Vaccination in Bombay 1902-1912 - 1902-1912
Year: 1902
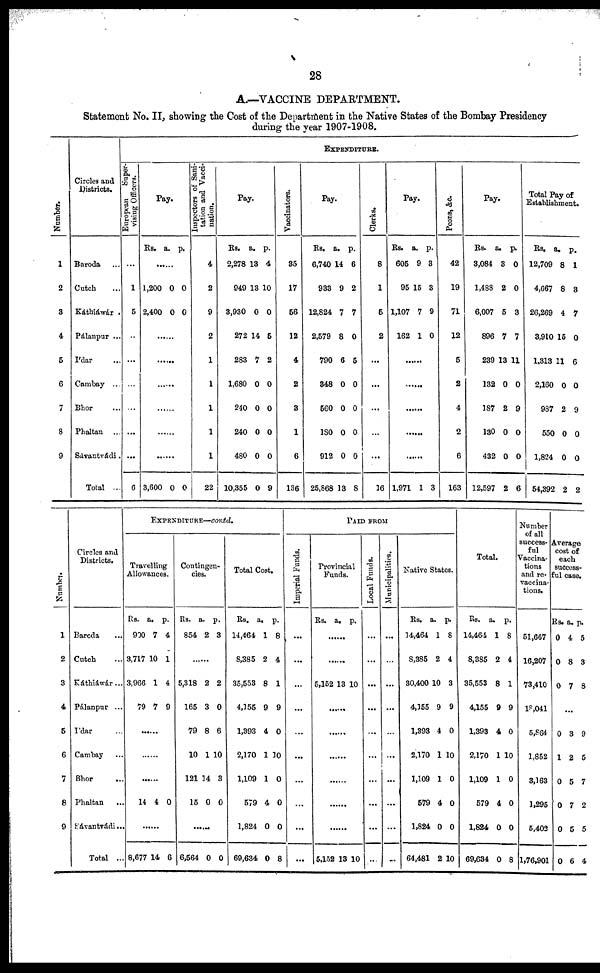
28
A.—VACCINE DEPARTMENT.
Statement No. II, showing the Cost of the Department in the Native States of the Bombay Presidency
during the year 1907-1908.
Number.
1
2
3
4
5
6
7
8
9
Circles and
Districts.
Baroda ...
Cutch ...
Káthiáwár .
Pálanpur ...
I'dar ...
Cambay ...
Bhor ...
Phaltan ...
Sávantvádi.
Total ...
EXPENDITURE.
European
Super-
vising Officers.
...
1
5
...
...
...
...
...
...
6
Pay.
Rs. a. p.
...
1,200
2,400
0
0
0
0
......
......
......
......
......
......
3,600 0 0
Inspectors of Sani-
tation and Vacci-
nation.
4
2
9
2
......
......
......
......
......
22
Pay.
Rs.
2,278
949
3,930
272
283
1,680
240
240
480
10,355
a.
13
13
0
14
7
0
0
0
0
0
p.
4
10
0
5
2
0
0
0
0
9
Vaccinators.
35
17
56
12
4
2
3
1
6
136
Pay.
Rs.
6,740
933
12,824
2,579
790
348
560
180
912
25,868
a.
14
9
7
8
6
0
0
0
0
13
p.
6
2
7
0
5
0
0
0
0
8
Clerks.
8
1
5
2
...
...
...
...
...
16
Pay.
Rs.
605
95
1,107
162
a.
9
15
7
1
p.
3
3
9
0
......
......
......
......
......
1,971 1 3
Peons, &c.
42
19
71
12
5
2
4
2
6
163
Pay.
Rs.
3,084
1,488
6,007
896
239
132
187
130
432
12,597
a.
3
2
5
7
13
0
2
0
0
2
p.
0
0
3
7
11
0
9
0
0
6
Total Pay of
Establishment.
Rs.
12,709
4,667
26,269
3,910
1,313
2,160
987
550
1,824
54,392
a.
8
8
4
15
11
0
2
0
0
2
p.
1
3
7
0
6
0
9
0
0
2
Number.
1
2
3
4
5
6
7
8
9
Circles and
Districts.
Baroda ...
Cutch ...
Káthiáwár...
Pálanpur ...
I'dar ...
Cambay ...
Bhor ...
Phaltan
...
Sávantvádi ...
Total ...
EXPENDITURE—contd.
Travelling
Allowances.
Rs.
900
3,717
3,966
79
a.
7
10
1
7
p.
4
1
4
9
......
......
......
14 4 0
......
8,677 14 6
Contingen-
cies.
Rs.
854
a.
2
p.
3
......
5,318
165
79
10
121
15
2
3
8
1
14
0
2
0
6
10
3
0
......
6,564 0 0
Total Cost.
Rs.
14,464
8,385
35,553
4,155
1,393
2,170
1,109
579
1,824
69,634
a.
1
2
8
9
4
1
1
4
0
0
p.
8
4
1
9
0
10
0
0
0
8
PAID FROM
Imperial Funds.
...
...
...
...
...
...
...
...
...
...
Provincial
Funds.
Rs. a. p.
......
......
5,152 13 10
......
......
......
......
......
......
5,152 13 10
Local Funds.
...
...
...
...
...
...
...
...
...
...
Municipalities.
...
...
...
...
...
...
...
...
...
...
Native States.
Rs.
14,464
8,385
30,400
4,155
1,393
2,170
1,109
579
1,824
64,481
a.
1
2
10
9
4
1
1
4
0
2
p.
8
4
3
9
0
10
0
0
0
10
Total.
Rs.
14,464
8,385
35,553
4,155
1,393
2,170
1,109
579
1,824
69,634
a.
1
2
8
9
4
1
1
4
0
0
p.
8
4
1
9
0
10
0
0
0
8
Number
of all
success-
ful
Vaccina-
tions
and re¬
vaccina-
tions.
51,667
16,207
73,410
18,041
5,864
1,852
3,163
1,295
5,402
1,76,901
Average
cost of
each
success-
ful case.
Rs.
0
0
0
a.
4
8
7
p.
5
3
8
...
0
1
0
0
0
0
3
2
5
7
5
6
9
5
7
2
5
4